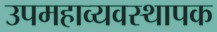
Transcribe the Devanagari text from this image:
उपमहाव्यवस्थापक